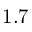
1 . 7